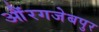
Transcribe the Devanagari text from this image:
औंरगजेबपुर